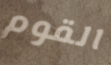
القوم